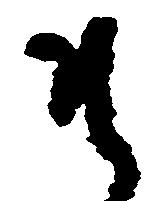
そ